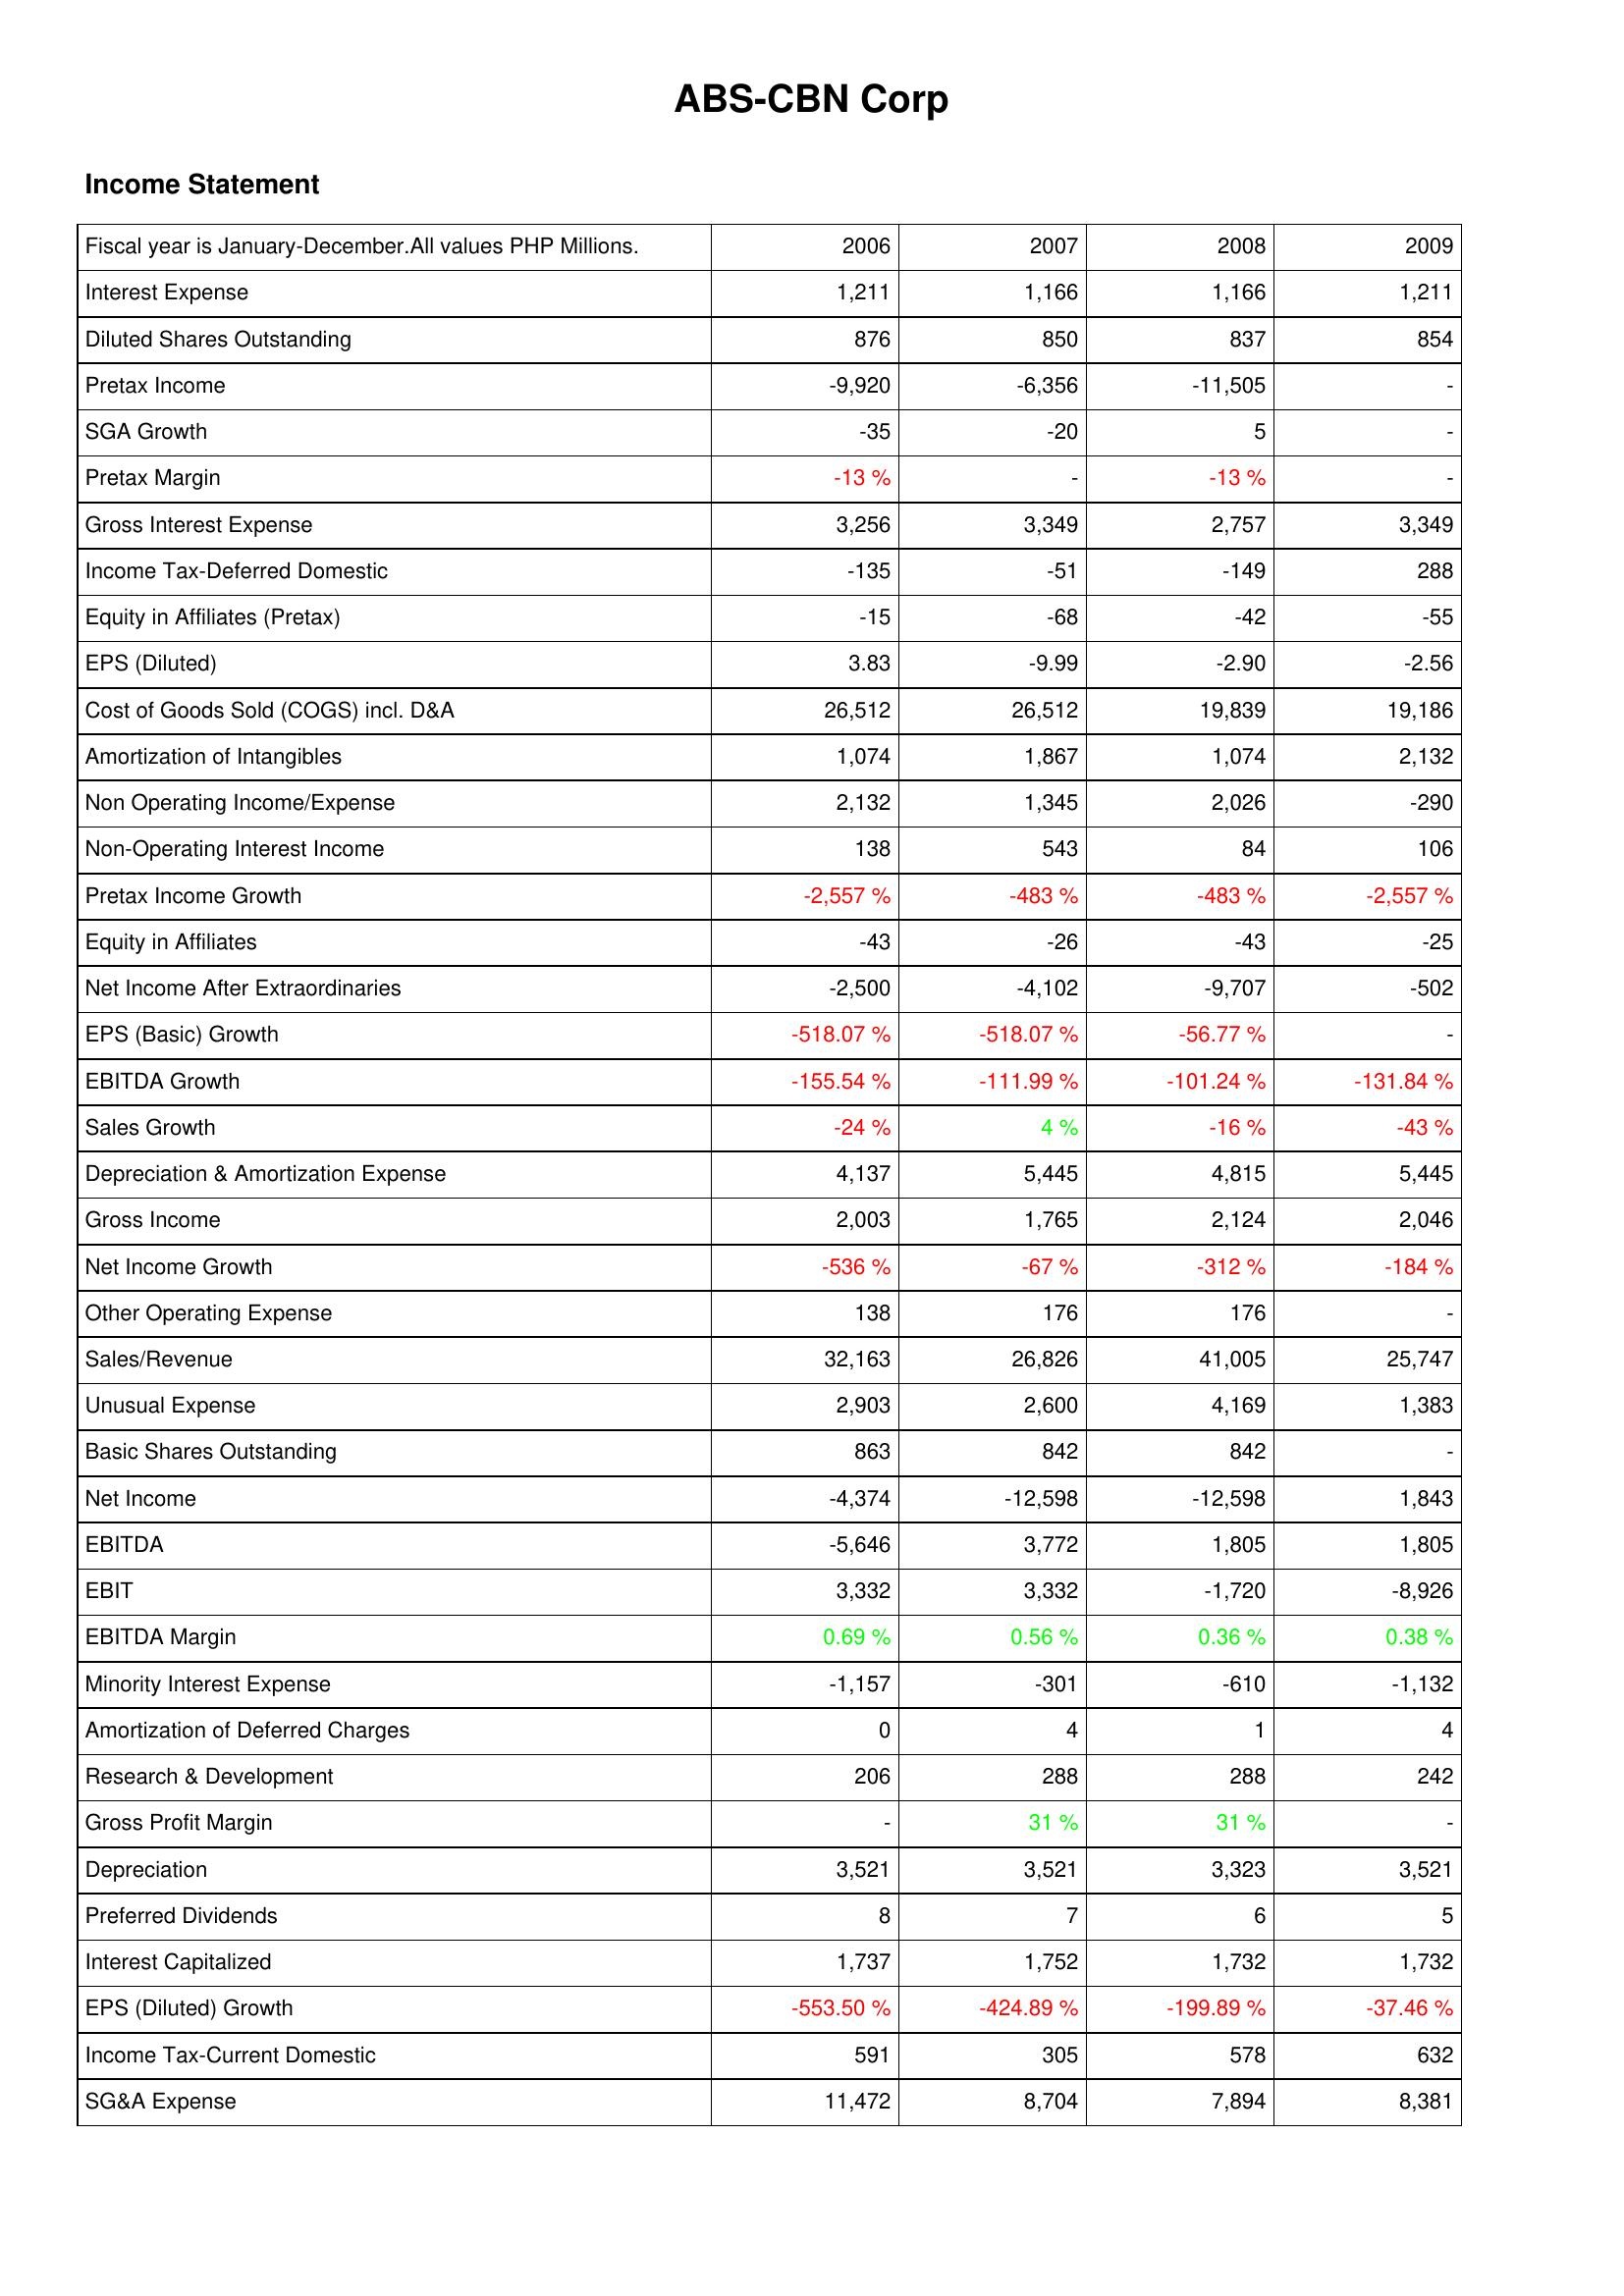
2006: Income Statement: Interest Expense: 1,211
Diluted Shares Outstanding: 876
Pretax Income: -9,920
SGA Growth: -35
Pretax Margin: -13 %
Gross Interest Expense: 3,256
Income Tax-Deferred Domestic: -135
Equity in Affiliates (Pretax): -15
EPS (Diluted): 3.83
Cost of Goods Sold (COGS) incl. D&A: 26,512
Amortization of Intangibles: 1,074
Non Operating Income/Expense: 2,132
Non-Operating Interest Income: 138
Pretax Income Growth: -2,557 %
Equity in Affiliates: -43
Net Income After Extraordinaries: -2,500
EPS (Basic) Growth: -518.07 %
EBITDA Growth: -155.54 %
Sales Growth: -24 %
Depreciation & Amortization Expense: 4,137
Gross Income: 2,003
Net Income Growth: -536 %
Other Operating Expense: 138
Sales/Revenue: 32,163
Unusual Expense: 2,903
Basic Shares Outstanding: 863
Net Income: -4,374
EBITDA: -5,646
EBIT: 3,332
EBITDA Margin: 0.69 %
Minority Interest Expense: -1,157
Amortization of Deferred Charges: 0
Research & Development: 206
Gross Profit Margin: -
Depreciation: 3,521
Preferred Dividends: 8
Interest Capitalized: 1,737
EPS (Diluted) Growth: -553.50 %
Income Tax-Current Domestic: 591
SG&A Expense: 11,472
2007: Income Statement: Interest Expense: 1,166
Diluted Shares Outstanding: 850
Pretax Income: -6,356
SGA Growth: -20
Pretax Margin: -
Gross Interest Expense: 3,349
Income Tax-Deferred Domestic: -51
Equity in Affiliates (Pretax): -68
EPS (Diluted): -9.99
Cost of Goods Sold (COGS) incl. D&A: 26,512
Amortization of Intangibles: 1,867
Non Operating Income/Expense: 1,345
Non-Operating Interest Income: 543
Pretax Income Growth: -483 %
Equity in Affiliates: -26
Net Income After Extraordinaries: -4,102
EPS (Basic) Growth: -518.07 %
EBITDA Growth: -111.99 %
Sales Growth: 4 %
Depreciation & Amortization Expense: 5,445
Gross Income: 1,765
Net Income Growth: -67 %
Other Operating Expense: 176
Sales/Revenue: 26,826
Unusual Expense: 2,600
Basic Shares Outstanding: 842
Net Income: -12,598
EBITDA: 3,772
EBIT: 3,332
EBITDA Margin: 0.56 %
Minority Interest Expense: -301
Amortization of Deferred Charges: 4
Research & Development: 288
Gross Profit Margin: 31 %
Depreciation: 3,521
Preferred Dividends: 7
Interest Capitalized: 1,752
EPS (Diluted) Growth: -424.89 %
Income Tax-Current Domestic: 305
SG&A Expense: 8,704
2008: Income Statement: Interest Expense: 1,166
Diluted Shares Outstanding: 837
Pretax Income: -11,505
SGA Growth: 5
Pretax Margin: -13 %
Gross Interest Expense: 2,757
Income Tax-Deferred Domestic: -149
Equity in Affiliates (Pretax): -42
EPS (Diluted): -2.90
Cost of Goods Sold (COGS) incl. D&A: 19,839
Amortization of Intangibles: 1,074
Non Operating Income/Expense: 2,026
Non-Operating Interest Income: 84
Pretax Income Growth: -483 %
Equity in Affiliates: -43
Net Income After Extraordinaries: -9,707
EPS (Basic) Growth: -56.77 %
EBITDA Growth: -101.24 %
Sales Growth: -16 %
Depreciation & Amortization Expense: 4,815
Gross Income: 2,124
Net Income Growth: -312 %
Other Operating Expense: 176
Sales/Revenue: 41,005
Unusual Expense: 4,169
Basic Shares Outstanding: 842
Net Income: -12,598
EBITDA: 1,805
EBIT: -1,720
EBITDA Margin: 0.36 %
Minority Interest Expense: -610
Amortization of Deferred Charges: 1
Research & Development: 288
Gross Profit Margin: 31 %
Depreciation: 3,323
Preferred Dividends: 6
Interest Capitalized: 1,732
EPS (Diluted) Growth: -199.89 %
Income Tax-Current Domestic: 578
SG&A Expense: 7,894
2009: Income Statement: Interest Expense: 1,211
Diluted Shares Outstanding: 854
Pretax Income: -
SGA Growth: -
Pretax Margin: -
Gross Interest Expense: 3,349
Income Tax-Deferred Domestic: 288
Equity in Affiliates (Pretax): -55
EPS (Diluted): -2.56
Cost of Goods Sold (COGS) incl. D&A: 19,186
Amortization of Intangibles: 2,132
Non Operating Income/Expense: -290
Non-Operating Interest Income: 106
Pretax Income Growth: -2,557 %
Equity in Affiliates: -25
Net Income After Extraordinaries: -502
EPS (Basic) Growth: -
EBITDA Growth: -131.84 %
Sales Growth: -43 %
Depreciation & Amortization Expense: 5,445
Gross Income: 2,046
Net Income Growth: -184 %
Other Operating Expense: -
Sales/Revenue: 25,747
Unusual Expense: 1,383
Basic Shares Outstanding: -
Net Income: 1,843
EBITDA: 1,805
EBIT: -8,926
EBITDA Margin: 0.38 %
Minority Interest Expense: -1,132
Amortization of Deferred Charges: 4
Research & Development: 242
Gross Profit Margin: -
Depreciation: 3,521
Preferred Dividends: 5
Interest Capitalized: 1,732
EPS (Diluted) Growth: -37.46 %
Income Tax-Current Domestic: 632
SG&A Expense: 8,381